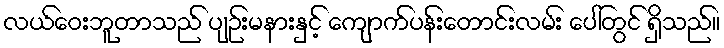
လယ်ဝေးဘူတာသည် ပျဉ်းမနားနှင့် ကျောက်ပန်းတောင်းလမ်း ပေါ်တွင် ရှိသည်။